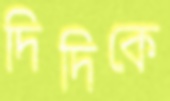
দিদিকে